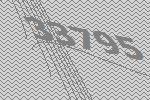
33795